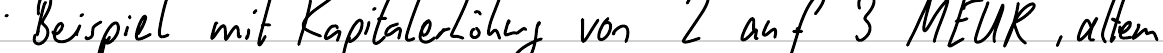
Beispiel mit Kapitalerhöhung von 2 auf 3 MEUR, alten